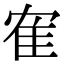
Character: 隺